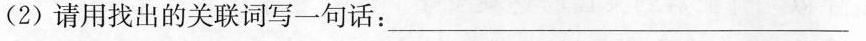
(2)请用找出的关联词写一句话：___。